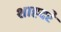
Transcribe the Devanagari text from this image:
शाहदरे